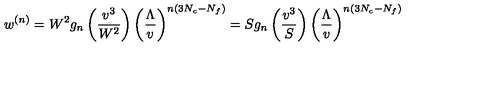
w ^ { ( n ) } = W ^ { 2 } g _ { n } \left( \frac { v ^ { 3 } } { W ^ { 2 } } \right) \left( \frac { \Lambda } { v } \right) ^ { n ( 3 N _ { c } - N _ { f } ) } = S g _ { n } \left( \frac { v ^ { 3 } } { S } \right) \left( \frac { \Lambda } { v } \right) ^ { n ( 3 N _ { c } - N _ { f } ) }